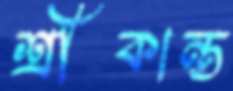
শ্রীকান্ত